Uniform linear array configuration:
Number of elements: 32
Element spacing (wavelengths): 0.25
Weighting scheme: hamming
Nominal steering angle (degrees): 45
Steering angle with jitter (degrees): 44.261
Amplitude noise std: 0.05
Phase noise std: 0.05

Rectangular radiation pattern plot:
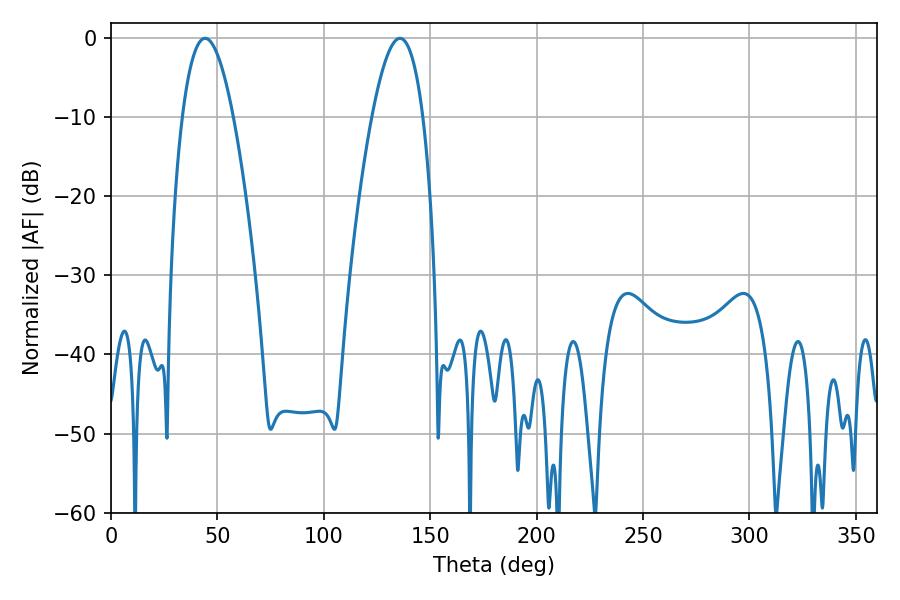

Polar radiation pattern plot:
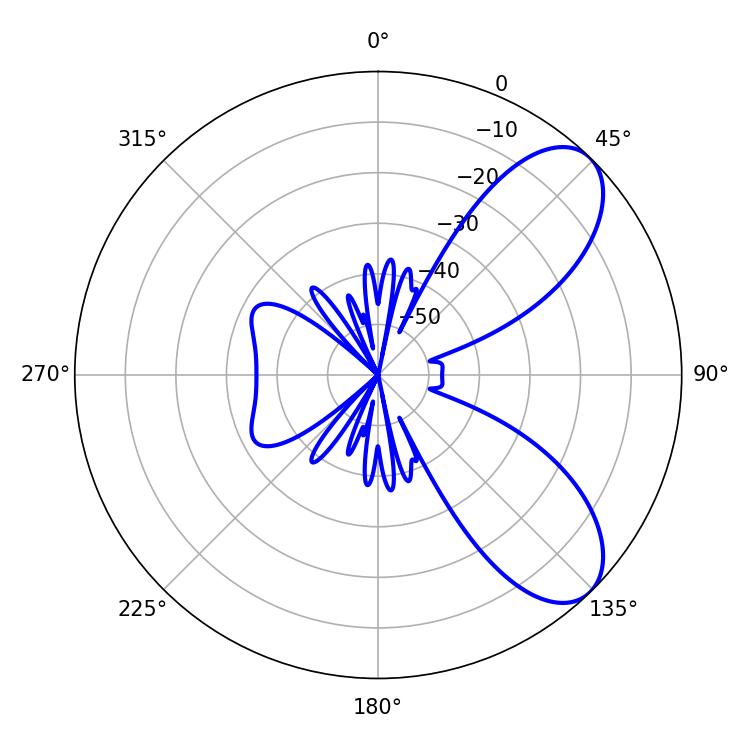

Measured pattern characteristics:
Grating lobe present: FALSE
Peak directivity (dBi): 7.615
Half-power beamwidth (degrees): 13.14
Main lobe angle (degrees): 44.28